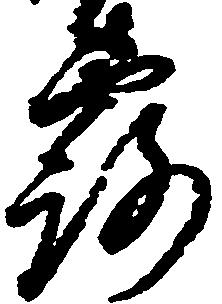
露